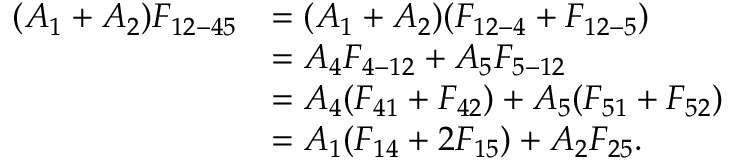
\begin{array} { r l } { ( A _ { 1 } + A _ { 2 } ) F _ { 1 2 - 4 5 } } & { = ( A _ { 1 } + A _ { 2 } ) ( F _ { 1 2 - 4 } + F _ { 1 2 - 5 } ) } \\ & { = A _ { 4 } F _ { 4 - 1 2 } + A _ { 5 } F _ { 5 - 1 2 } } \\ & { = A _ { 4 } ( F _ { 4 1 } + F _ { 4 2 } ) + A _ { 5 } ( F _ { 5 1 } + F _ { 5 2 } ) } \\ & { = A _ { 1 } ( F _ { 1 4 } + 2 F _ { 1 5 } ) + A _ { 2 } F _ { 2 5 } { . } } \end{array}